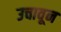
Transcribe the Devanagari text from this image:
उचावून